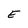
Character: E